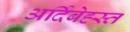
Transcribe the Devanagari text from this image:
अर्दिबेह्स्त